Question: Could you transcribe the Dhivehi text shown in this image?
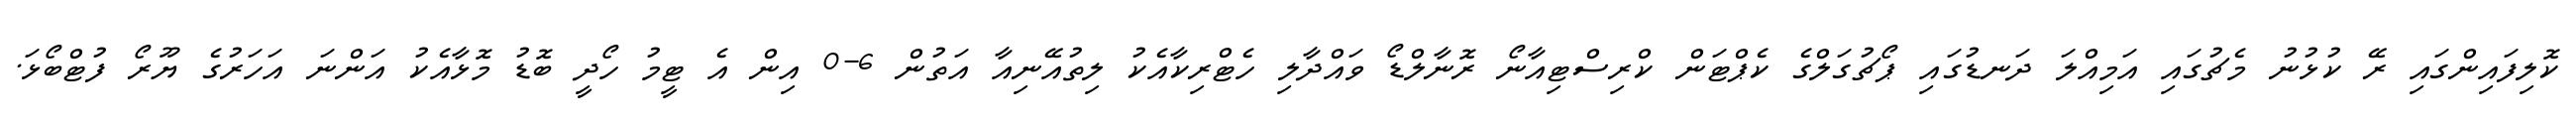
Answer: ކޮލިފައިންގައި ރޭ ކުޅުނު މެޗުގައި އަމިއްލަ ދަނޑުގައި ޕޯޗުގަލްގެ ކެޕްޓަން ކްރިސްޓިއާނޯ ރޮނާލްޑޯ ވައްދާލި ހެޓްރިކާއެކު ލިތުއޭނިއާ އަތުން 6-0 އިން އެ ޓީމު ހޯދީ ބޮޑު މޮޅާއެކު އަންނަ އަހަރުގެ ޔޫރޯ ފުޓްބޯޅަ.